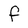
Character: f